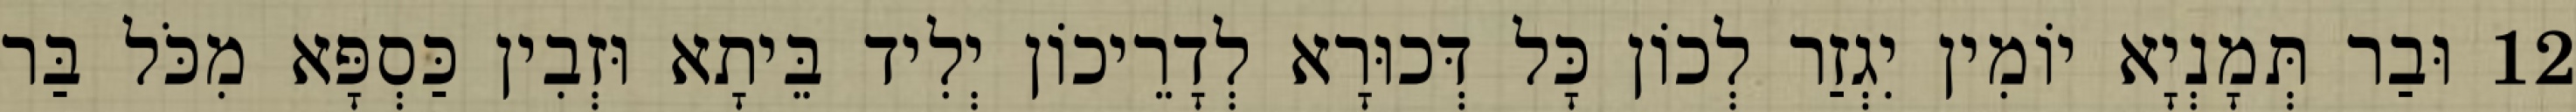
12 וּבַר תְּמָנְיָא יוֹמִין יִגְזַר לְכוֹן כָּל דְּכוּרָא לְדָרֵיכוֹן יְלִיד בֵּיתָא וּזְבִין כַּסְפָּא מִכֹּל בַּר